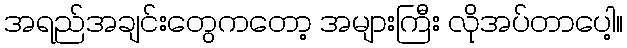
အရည်အချင်းတွေကတော့ အများကြီး လိုအပ်တာပေါ့။